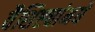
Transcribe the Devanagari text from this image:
वैशिष्ट्यांमधे